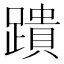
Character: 蹪